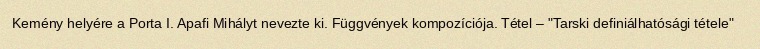
Kemény helyére a Porta I. Apafi Mihályt nevezte ki. Függvények kompozíciója. Tétel – "Tarski definiálhatósági tétele"